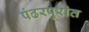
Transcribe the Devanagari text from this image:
पंढरपुरांत